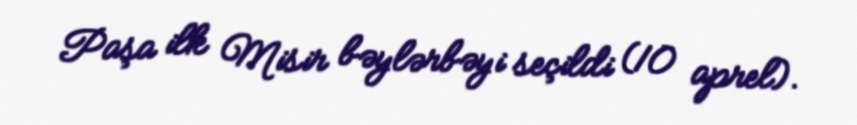
Paşa ilk Misir bəylərbəyi seçildi (10 aprel).